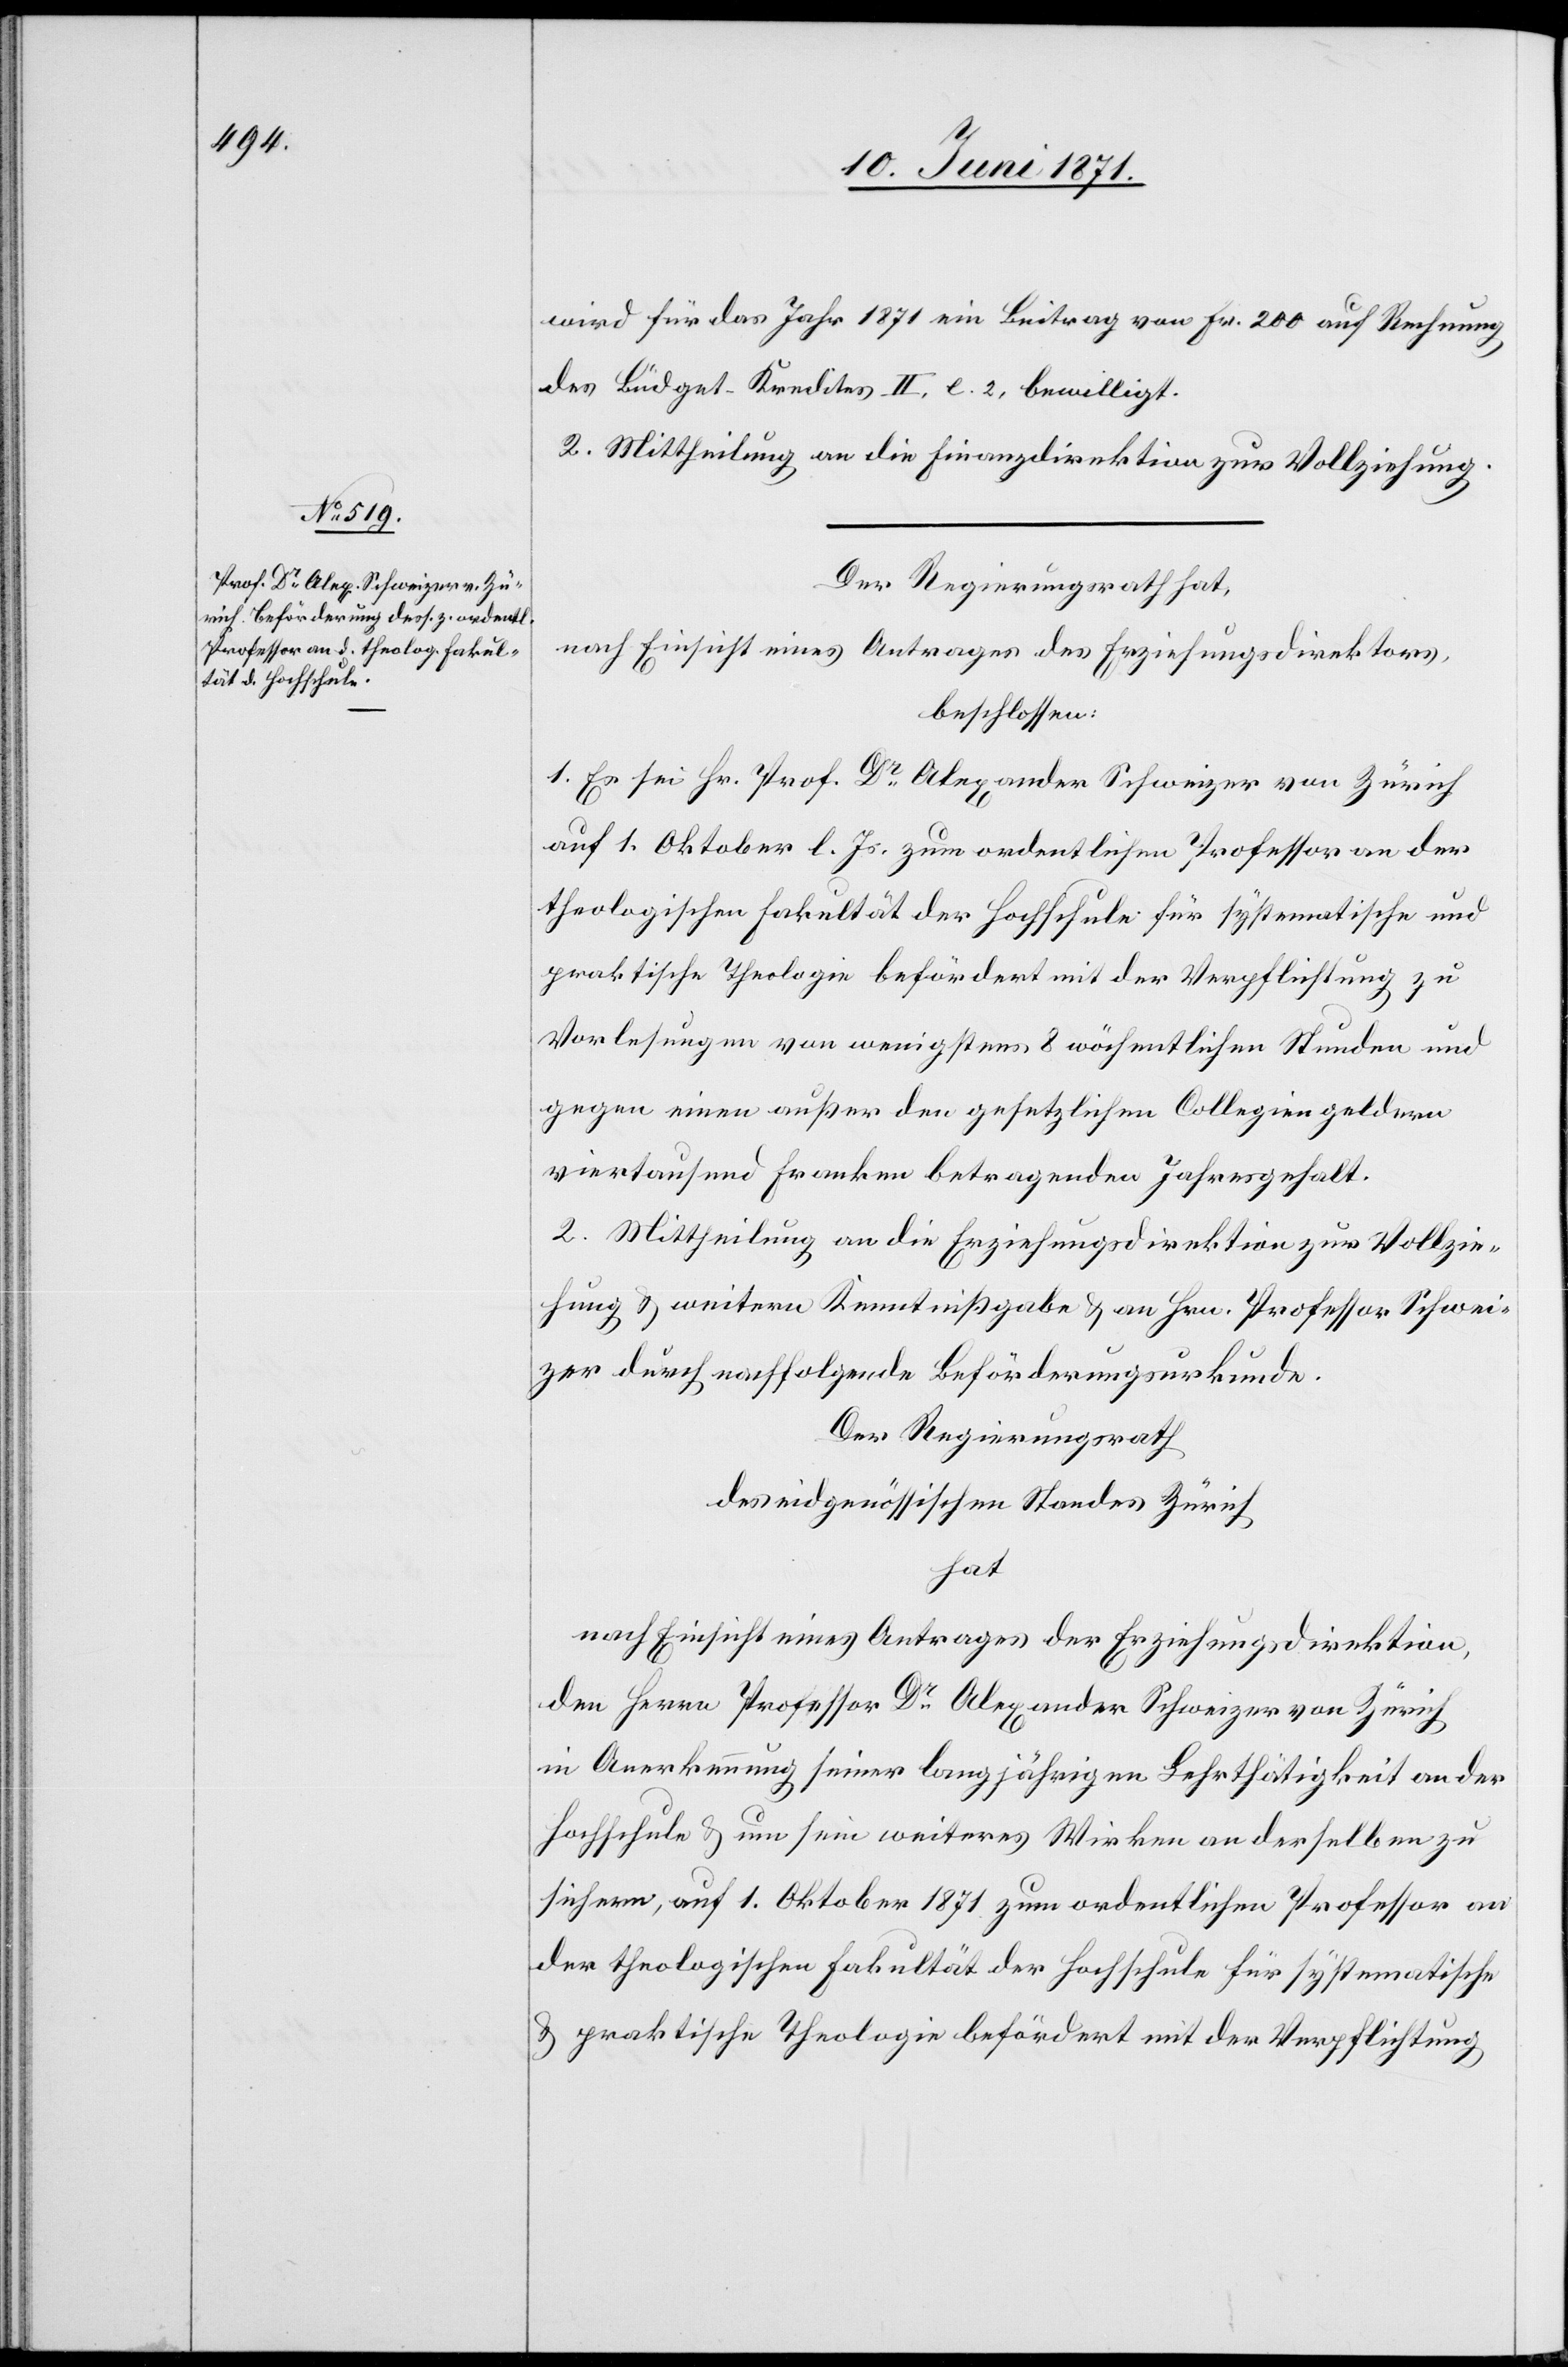
wird für das Jahr 1871 ein Beitrag von Fr. 200 auf Rechnung
des Büdget-Kredites II, [?e]. 2, bewilligt.
2. Mittheilung an die Finanzdirektion zur Vollziehung.
Der Regierungsrath hat,
beschlossen:
1. Es sei Hr. Prof. Dr. Alexander Schweizer von Zürich
auf 1. Oktober l. Js. zum ordentlichen Professor an der
theologischen Fakultät der Hochschule für systematische und
praktische Theologie befördert mit der Verpflichtung zu
Vorlesungen von wenigstens 8 wöchentlichen Stunden und
gegen einen außer den gesetzlichen Collegiengeldern
viertausend Franken betragenden Jahresgehalt.
2. Mittheilung an die Erziehungsdirektion zur Vollzie¬
hung u. weitern Kenntnißgabe u. an Hrn. Professor Schwei¬
zer durch nachfolgende Beförderungsurkunde.
Der Regierungsrath
des eidgenössischen Standes Zürich
hat
nach Einsicht eines Antrages der Erziehungsdirektion,
den Herrn Professor Dr. Alexander Schweizer von Zürich
in Anerkennung seiner langjährigen Lehrthätigkeit an der
Hochschule und um sein weiteres Wirken an derselben zu
sichern, auf 1. Oktober 1871 zum ordentlichen Professor an
der theologischen Fakultät der Hochschule für systematische
u. praktische Theologie befördert mit der Verpflichtung